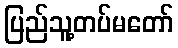
ပြည်သူ့တပ်မတော်